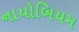
નાયોબિયમ